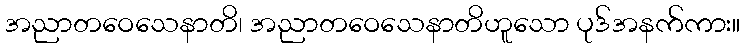
အညာတဝေသေနာတိ၊ အညာတဝေသေနာတိဟူသော ပုဒ်အနက်ကား။